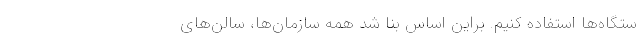
ستگاه‌ها استفاده کنیم. براین اساس بنا شد همه سازمان‌ها، سالن‌های